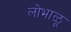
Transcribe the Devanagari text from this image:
लोभाळू